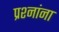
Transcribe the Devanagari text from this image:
प्रश्‍नांना